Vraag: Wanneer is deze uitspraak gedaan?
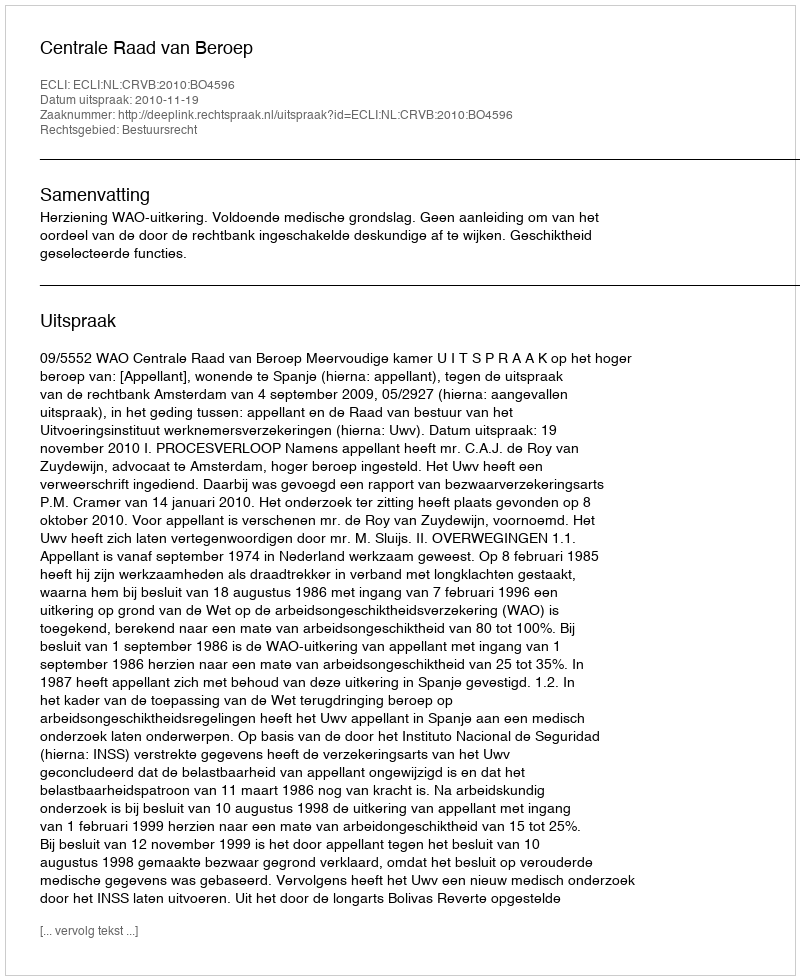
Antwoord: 2010-11-19